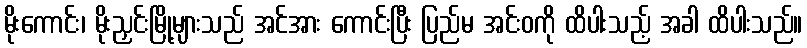
မိုးကောင်း၊ မိုးညှင်းမြို့များသည် အင်အား ကောင်းပြီး ပြည်မ အင်းဝကို ထိပါးသည့် အခါ ထိပါးသည်။